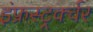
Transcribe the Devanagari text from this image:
इंफ्रस्ट्रर्क्चर